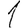
Digit: 1